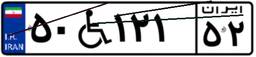
۴۶W۹۲۵۱۱